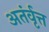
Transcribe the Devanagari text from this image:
अतंर्वृत्त